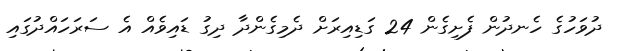
ދުވަހުގެ ހެނދުން ފެށިގެން 24 ގަޑިއިރަށް ދެމިގެންދާ ދިގު ޑައިވެއް އެ ސަރަހައްދުގައި